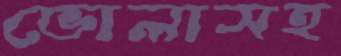
ভোলাসহ